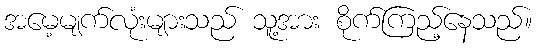
အမေ့မျက်လုံးများသည် သူ့အား စိုက်ကြည့်နေသည်။